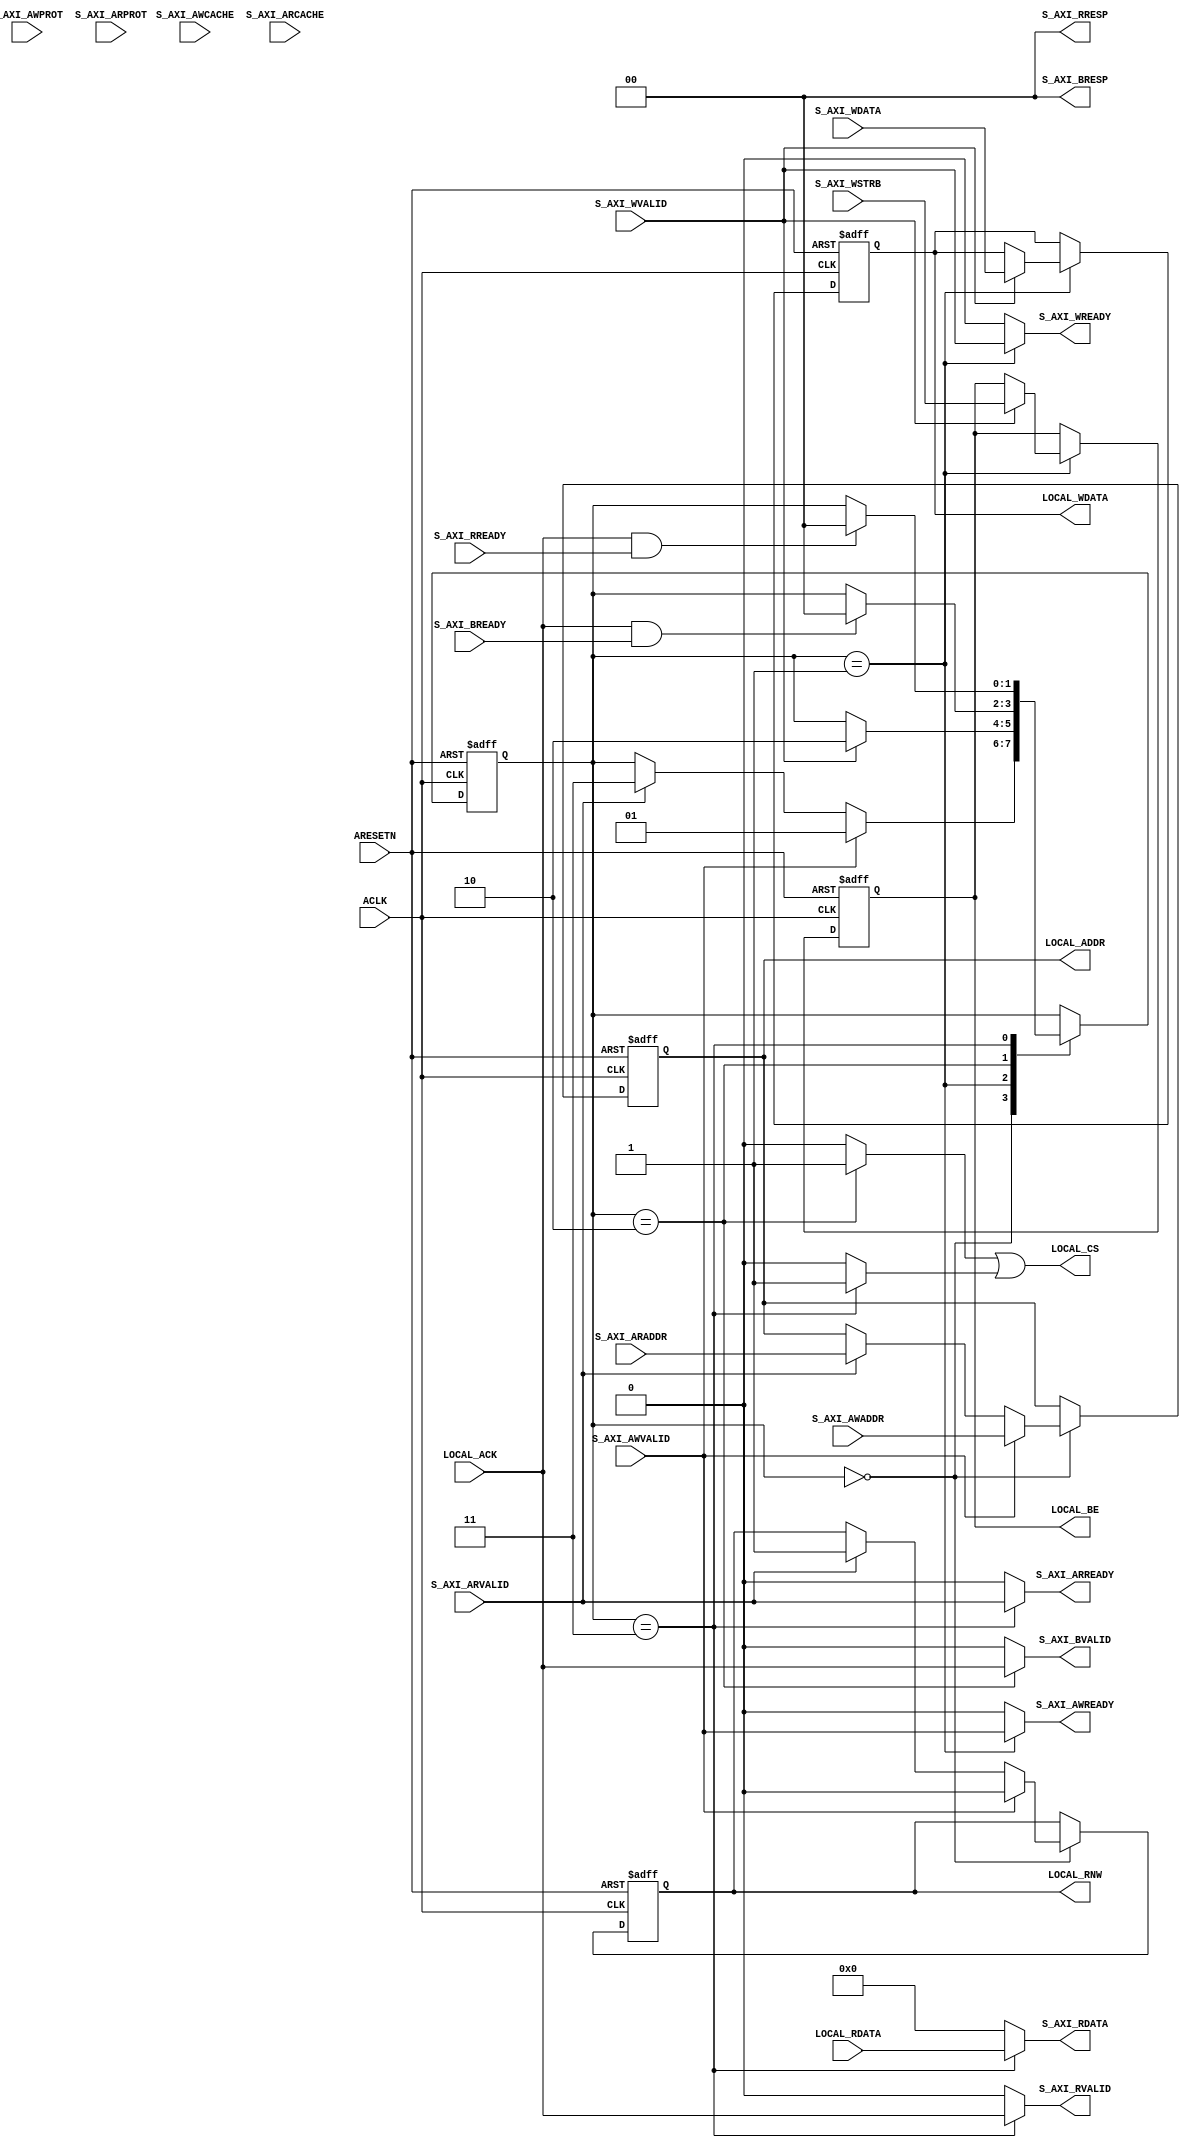
module aq_axi_lite_slave(
    // AXI4 Lite Interface
    input         ARESETN,
    input         ACLK,

    // Write Address Channel
    input [31:0]  S_AXI_AWADDR,
    input [3:0]   S_AXI_AWCACHE,
    input [2:0]   S_AXI_AWPROT,
    input         S_AXI_AWVALID,
    output        S_AXI_AWREADY,

    // Write Data Channel
    input [31:0]  S_AXI_WDATA,
    input [3:0]   S_AXI_WSTRB,
    input         S_AXI_WVALID,
    output        S_AXI_WREADY,

    // Write Response Channel
    output        S_AXI_BVALID,
    input         S_AXI_BREADY,
    output [1:0]  S_AXI_BRESP,

    // Read Address Channel
    input [31:0]  S_AXI_ARADDR,
    input [3:0]   S_AXI_ARCACHE,
    input [2:0]   S_AXI_ARPROT,
    input         S_AXI_ARVALID,
    output        S_AXI_ARREADY,

    // Read Data Channel
    output [31:0] S_AXI_RDATA,
    output [1:0]  S_AXI_RRESP,
    output        S_AXI_RVALID,
    input         S_AXI_RREADY,

    // Local Interface
    output        LOCAL_CS,
    output        LOCAL_RNW,
    input         LOCAL_ACK,
    output [31:0] LOCAL_ADDR,
    output [3:0]  LOCAL_BE,
    output [31:0] LOCAL_WDATA,
    input [31:0]  LOCAL_RDATA
  );

/*
CACHE[3:0]
WA RA C  B
0  0  0  0 Noncacheable and nonbufferable
0  0  0  1 Bufferable only
0  0  1  0 Cacheable, but do not allocate
0  0  1  1 Cacheable and Bufferable, but do not allocate
0  1  1  0 Cacheable write-through, allocate on reads only
0  1  1  1 Cacheable write-back, allocate on reads only
1  0  1  0 Cacheable write-through, allocate on write only
1  0  1  1 Cacheable write-back, allocate on writes only
1  1  1  0 Cacheable write-through, allocate on both reads and writes
1  1  1  1 Cacheable write-back, allocate on both reads and writes

PROR
[2]:0:Data Access
    1:Instruction Access
[1]:0:Secure Access
    1:NoSecure Access
[0]:0:Privileged Access
    1:Normal Access

RESP
00: OK
01: EXOK
10: SLVERR
11: DECERR
*/

  localparam S_IDLE   = 2'd0;
  localparam S_WRITE  = 2'd1;
  localparam S_WRITE2 = 2'd2;
  localparam S_READ   = 2'd3;

  reg [1:0]   state;
  reg         reg_rnw;
  reg [31:0]  reg_addr, reg_wdata;
  reg [3:0]   reg_be;

  always @( posedge ACLK or negedge ARESETN ) begin
    if( !ARESETN ) begin
      state     <= S_IDLE;
      reg_rnw   <= 1'b0;
      reg_addr  <= 32'd0;
      reg_wdata <= 32'd0;
      reg_be    <= 4'd0;
    end else begin
      case( state )
        S_IDLE: begin
          if( S_AXI_AWVALID ) begin
            reg_rnw   <= 1'b0;
            reg_addr  <= S_AXI_AWADDR;
            state     <= S_WRITE;
          end else if( S_AXI_ARVALID ) begin
            reg_rnw   <= 1'b1;
            reg_addr  <= S_AXI_ARADDR;
            state     <= S_READ;
          end
        end
        S_WRITE: begin
          if( S_AXI_WVALID ) begin
            state     <= S_WRITE2;
            reg_wdata <= S_AXI_WDATA;
            reg_be    <= S_AXI_WSTRB;
          end
        end
        S_WRITE2: begin
          if( LOCAL_ACK & S_AXI_BREADY ) begin
            state     <= S_IDLE;
          end
        end
        S_READ: begin
          if( LOCAL_ACK & S_AXI_RREADY ) begin
            state     <= S_IDLE;
          end
        end
        default: begin
          state        <= S_IDLE;
        end
      endcase
    end
  end

  // Local Interface
  assign LOCAL_CS       = (( state == S_WRITE2 )?1'b1:1'b0) | (( state == S_READ )?1'b1:1'b0) | 1'b0;
  assign LOCAL_RNW      = reg_rnw;
  assign LOCAL_ADDR     = reg_addr;
  assign LOCAL_BE       = reg_be;
  assign LOCAL_WDATA    = reg_wdata;

  // Write Channel
  assign S_AXI_AWREADY  = ( state == S_WRITE )?S_AXI_AWVALID:1'b0;
  assign S_AXI_WREADY   = ( state == S_WRITE )?S_AXI_WVALID:1'b0;
  assign S_AXI_BVALID   = ( state == S_WRITE2 )?LOCAL_ACK:1'b0;
  assign S_AXI_BRESP    = 2'b00;

  // Read Channel
  assign S_AXI_ARREADY  = ( state == S_READ )?S_AXI_ARVALID:1'b0;
  assign S_AXI_RVALID   = ( state == S_READ )?LOCAL_ACK:1'b0;
  assign S_AXI_RRESP    = 2'b00;
  assign S_AXI_RDATA    = ( state == S_READ )?LOCAL_RDATA:32'd0;
endmodule